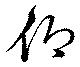
仰